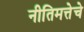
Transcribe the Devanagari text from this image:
नीतिमत्तेचे